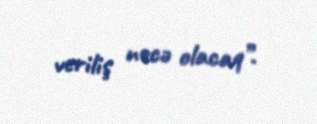
veriliş necə olacaq”.